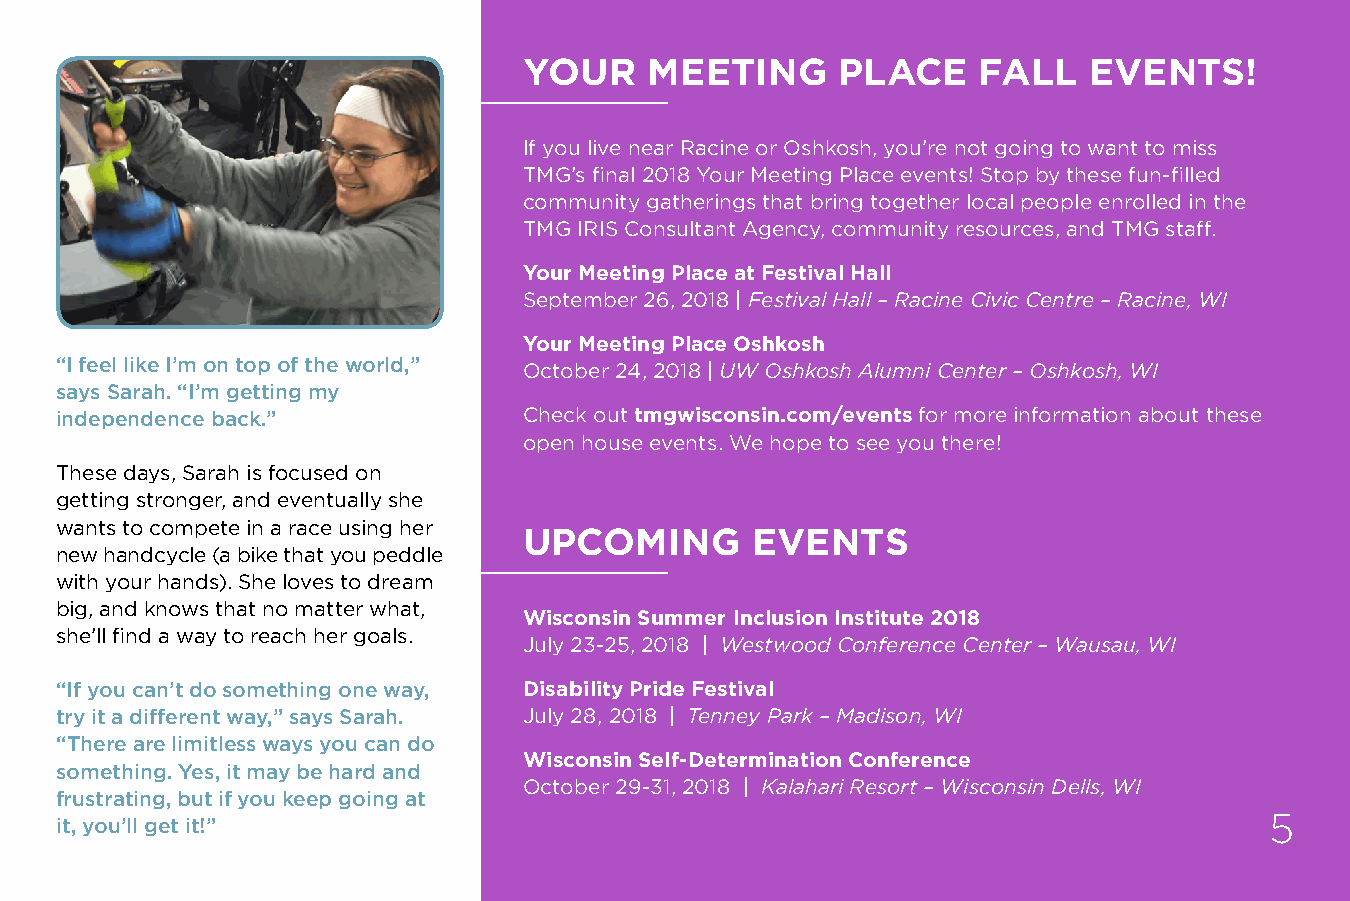
YOUR    MEETING     PLACE     FALL   EVENTS!
 If you live near Racine or Oshkosh, you’re not going to want to miss
 TMG’s final 2018 Your Meeting Place events! Stop by these fun-filled
 community gatherings that bring together local people enrolled in the
 TMG IRIS Consultant Agency, community resources, and TMG staff.
 Your Meeting Place at Festival Hall
 September 26, 2018 | Festival Hall – Racine Civic Centre – Racine, WI
 Your Meeting Place Oshkosh
 “I feel like I’m on top of the world,”
 October 24, 2018 | UW Oshkosh Alumni Center – Oshkosh, WI
 says Sarah. “I’m getting my
 independence back.”            Check out tmgwisconsin.com/events for more information about these
 open house events. We hope to see you there!
 These days, Sarah is focused on
 getting stronger, and eventually she
 wants to compete in a race using her
 UPCOMING       EVENTS
 new handcycle (a bike that you peddle
 with your hands). She loves to dream
 big, and knows that no matter what,
 Wisconsin Summer Inclusion Institute 2018
 she’ll find a way to reach her goals.
 July 23-25, 2018 | Westwood Conference Center – Wausau, WI
 “If you can’t do something one way, Disability Pride Festival
 try it a different way,” says Sarah. July 28, 2018 | Tenney Park – Madison, WI
 “There are limitless ways you can do
 Wisconsin Self-Determination Conference
 something. Yes, it may be hard and
 October 29-31, 2018 | Kalahari Resort – Wisconsin Dells, WI
 frustrating, but if you keep going at
 it, you’ll get it!”                                                             5